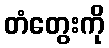
တံတွေးကို